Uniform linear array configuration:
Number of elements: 32
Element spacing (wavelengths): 0.5
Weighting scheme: hann
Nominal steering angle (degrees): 15
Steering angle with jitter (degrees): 15.571
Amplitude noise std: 0.05
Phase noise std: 0.05

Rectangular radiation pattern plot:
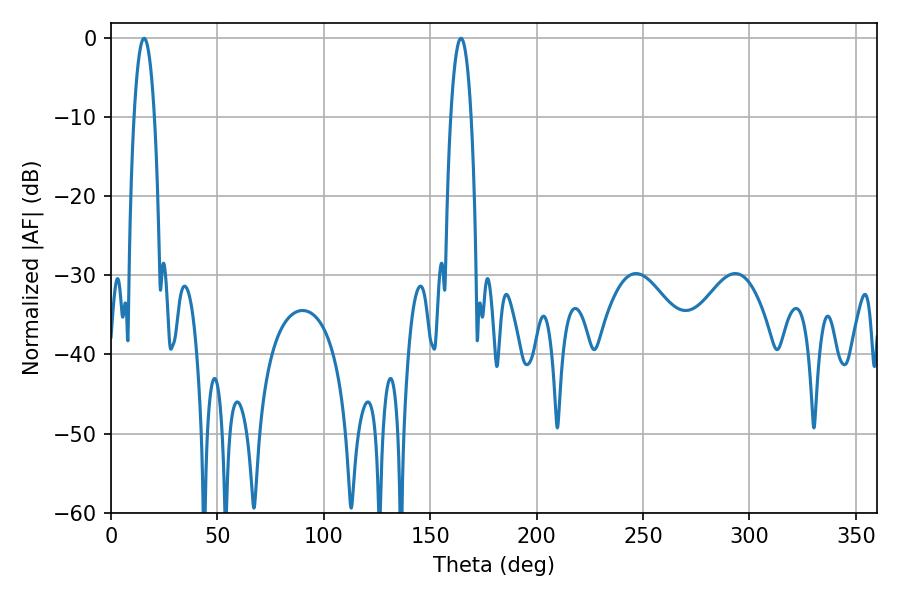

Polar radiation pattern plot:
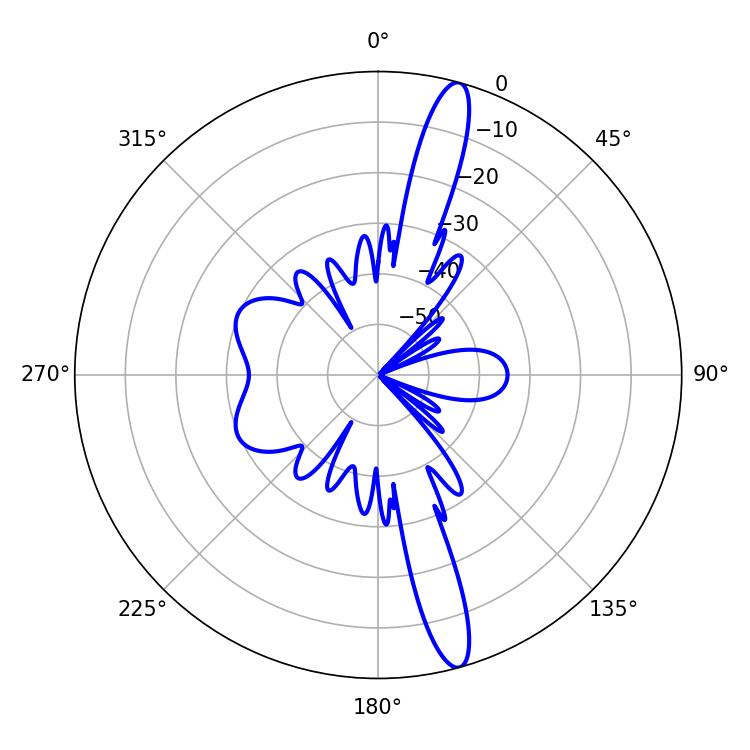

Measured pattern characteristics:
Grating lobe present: FALSE
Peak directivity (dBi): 15.773
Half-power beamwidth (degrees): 5.22
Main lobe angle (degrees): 15.48